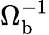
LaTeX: \Omega_{\mathrm{b}}^{-1}